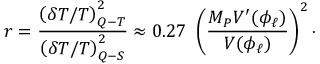
r = \frac { \left( \delta T / T \right) _ { Q - T } ^ { 2 } } { \left( \delta T / T \right) _ { Q - S } ^ { 2 } } \approx 0 . 2 7 ~ \left( \frac { M _ { P } V ^ { \prime } ( \phi _ { \ell } ) } { V ( \phi _ { \ell } ) } \right) ^ { 2 } \cdot